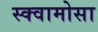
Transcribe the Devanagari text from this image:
स्क्वामोसा